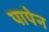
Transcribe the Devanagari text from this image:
पापेन